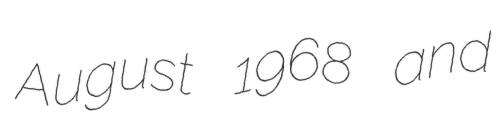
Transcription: August 1968 and